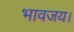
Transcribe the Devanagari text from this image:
भावजय।